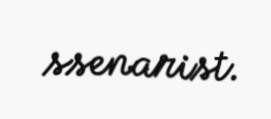
ssenarist.